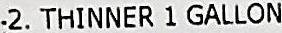
2. THINNER 1 GALLON